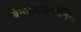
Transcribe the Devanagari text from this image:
बेन्जोयलेगोनिन